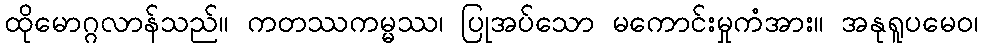
ထိုမောဂ္ဂလာန်သည်။ ကတဿကမ္မဿ၊ ပြုအပ်သော မကောင်းမှုကံအား။ အနုရူပမေဝ၊